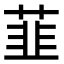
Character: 韮